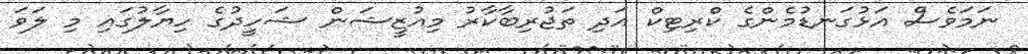
ނަމަވެސް އަޅުގަނޑުމެންގެ ކްރިޓިކް އަދި ތަޖުރިބާކާރު މިއުޒީޝަން ޝަހީދުގެ ހިޔާލުގައި މި ލަވަ